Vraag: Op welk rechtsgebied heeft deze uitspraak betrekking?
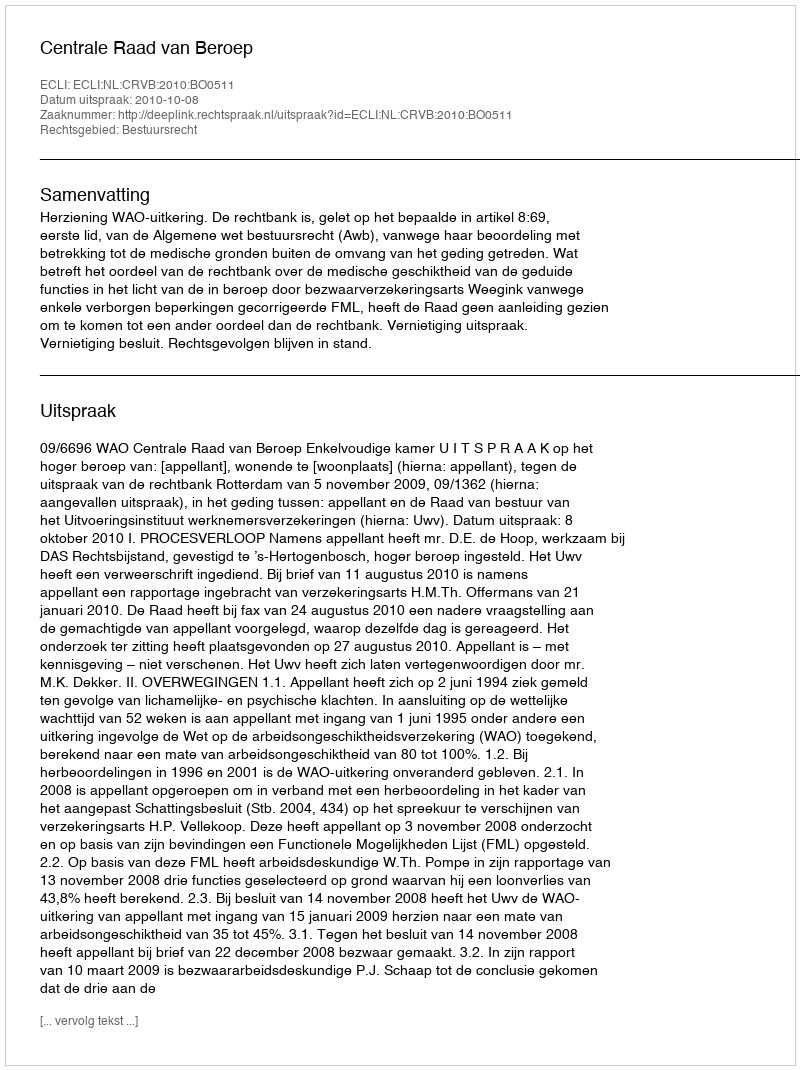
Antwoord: Bestuursrecht